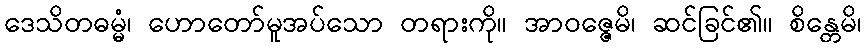
ဒေသိတဓမ္မံ၊ ဟောတော်မူအပ်သော တရားကို။ အာဝဇ္ဇေမိ၊ ဆင်ခြင်၏။ စိန္တေမိ၊